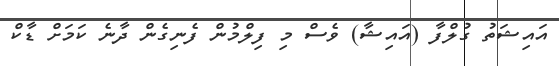
އައިޝަތު ގުލްފާ (އައިޝާ) ވެސް މި ފިލްމުން ފެނިގެން ދާނެ ކަމަށް ޑާކް